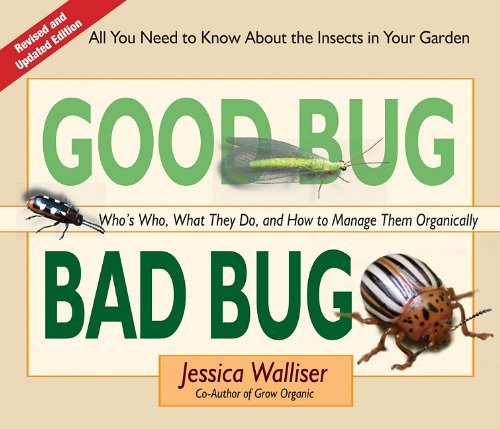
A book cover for Good Bug Bad Bug: Who's Who, What They Do, and How to Manage Them Organically (All you need to know about the insects in your garden); Jessica Walliser; Crafts, Hobbies & Home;